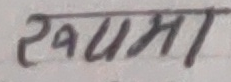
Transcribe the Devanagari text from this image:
खमा